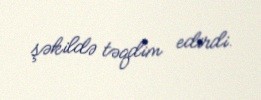
şəkildə təqdim edirdi.